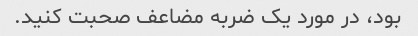
بود، در مورد یک ضربه مضاعف صحبت کنید.